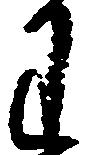
わ